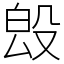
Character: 𣪕